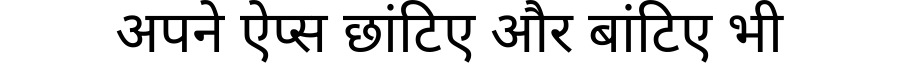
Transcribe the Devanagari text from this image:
अपने ऐप्स छांटिए और बांटिए भी